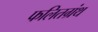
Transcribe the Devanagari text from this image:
फलितग्रंथ